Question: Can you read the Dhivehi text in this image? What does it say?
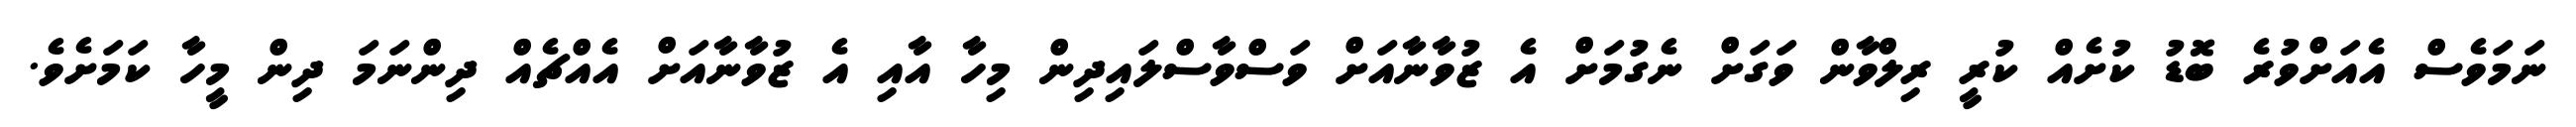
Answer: ނަމަވެސް އެއަށްވުރެ ބޮޑު ކުށެއް ކުރީ ރިލްވާން ވަގަށް ނެގުމަށް އެ ޒުވާނާއަށް ވަސްވާސްލައިދިން މިހާ އާއި އެ ޒުވާނާއަށް އެއްޗެއް ދިންނަމަ ދިން މީހާ ކަމަށެވެ.